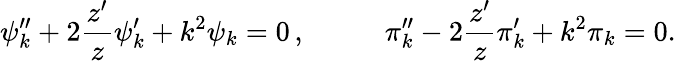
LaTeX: \psi_{k}^{\prime\prime}+2\frac{z^{\prime}}{z}\psi_{k}^{\prime}+k^{2}\psi_{k}=0\, ,~~~~~~~~~~~\pi_{k}^{\prime\prime}-2\frac{z^{\prime}}{z}\pi_{k}^{\prime}+k^{2}\pi_{k}=0.